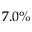
7 . 0 \%